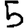
Digit: 5